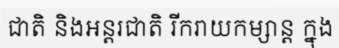
ជាតិ និងអន្តរជាតិ រីករាយកម្សាន្ត ក្នុង